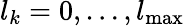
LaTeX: l_{k}=0,\ldots,l_{\mathrm{max}}